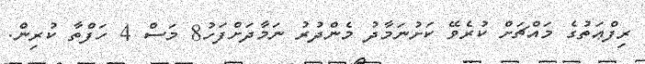
ރިފްޢަތުގެ މައްޗަށް ކުރެވޭ ކަށުނަމާދު މެންދުރު ނަމާދަށްފަހު8 މަސް 4 ހަފްތާ ކުރިން.